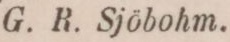
G. R. Sjöbohm.